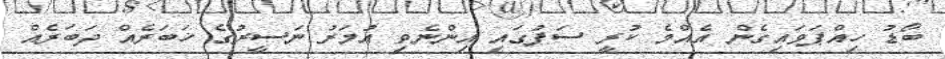
ބޯޑު ހިއްޕަވައިގެން އެއްމެ ކުރީ ސަފުގައި އިންނެވި އުމަރު ނަސީރުގެ ޚަބަރެއް ދަބަރެއް